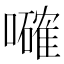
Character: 𡃜